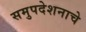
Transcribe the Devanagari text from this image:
समुपदेशनाचे